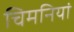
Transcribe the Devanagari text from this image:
चिमनियां